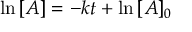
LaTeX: \ \ln { [ A ] } = - k t + \ln { [ A ] _ { 0 } }